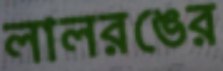
লালরঙের